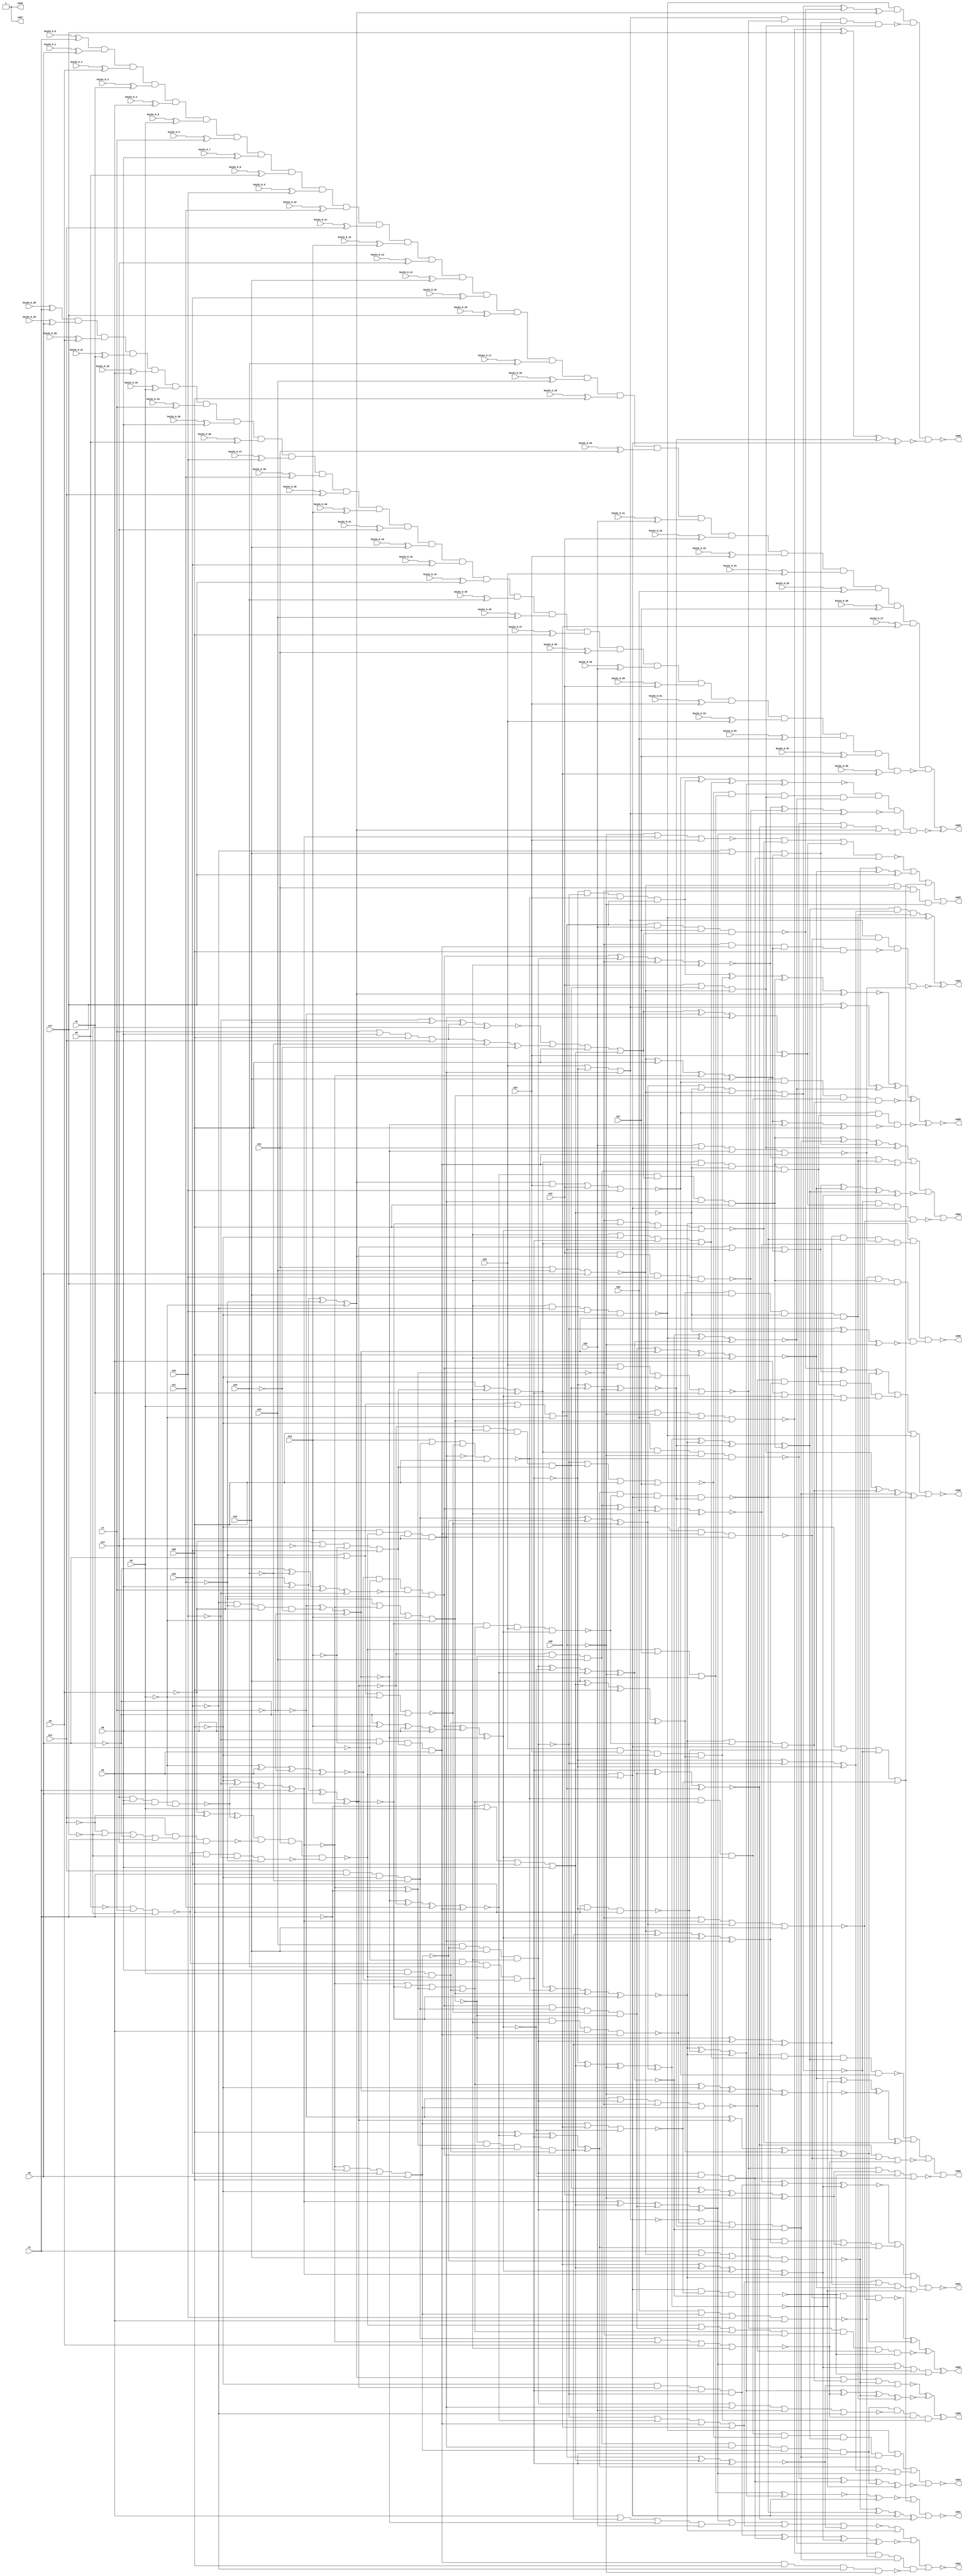


module Stat_377_1329
(
  n1,
  n2,
  n3,
  n4,
  n5,
  n6,
  n7,
  n8,
  n9,
  n10,
  n11,
  n12,
  n13,
  n14,
  n15,
  n16,
  n17,
  n18,
  n19,
  n20,
  n21,
  n22,
  n23,
  n24,
  n25,
  n26,
  n27,
  n28,
  n402,
  n405,
  n395,
  n392,
  n390,
  n397,
  n400,
  n393,
  n403,
  n399,
  n404,
  n401,
  n396,
  n391,
  n389,
  n398,
  n394,
  keyIn_0_0,
  keyIn_0_1,
  keyIn_0_2,
  keyIn_0_3,
  keyIn_0_4,
  keyIn_0_5,
  keyIn_0_6,
  keyIn_0_7,
  keyIn_0_8,
  keyIn_0_9,
  keyIn_0_10,
  keyIn_0_11,
  keyIn_0_12,
  keyIn_0_13,
  keyIn_0_14,
  keyIn_0_15,
  keyIn_0_16,
  keyIn_0_17,
  keyIn_0_18,
  keyIn_0_19,
  keyIn_0_20,
  keyIn_0_21,
  keyIn_0_22,
  keyIn_0_23,
  keyIn_0_24,
  keyIn_0_25,
  keyIn_0_26,
  keyIn_0_27,
  keyIn_0_28,
  keyIn_0_29,
  keyIn_0_30,
  keyIn_0_31,
  keyIn_0_32,
  keyIn_0_33,
  keyIn_0_34,
  keyIn_0_35,
  keyIn_0_36,
  keyIn_0_37,
  keyIn_0_38,
  keyIn_0_39,
  keyIn_0_40,
  keyIn_0_41,
  keyIn_0_42,
  keyIn_0_43,
  keyIn_0_44,
  keyIn_0_45,
  keyIn_0_46,
  keyIn_0_47,
  keyIn_0_48,
  keyIn_0_49,
  keyIn_0_50,
  keyIn_0_51,
  keyIn_0_52,
  keyIn_0_53,
  keyIn_0_54,
  keyIn_0_55
);

  input n1;input n2;input n3;input n4;input n5;input n6;input n7;input n8;input n9;input n10;input n11;input n12;input n13;input n14;input n15;input n16;input n17;input n18;input n19;input n20;input n21;input n22;input n23;input n24;input n25;input n26;input n27;input n28;input keyIn_0_0;input keyIn_0_1;input keyIn_0_2;input keyIn_0_3;input keyIn_0_4;input keyIn_0_5;input keyIn_0_6;input keyIn_0_7;input keyIn_0_8;input keyIn_0_9;input keyIn_0_10;input keyIn_0_11;input keyIn_0_12;input keyIn_0_13;input keyIn_0_14;input keyIn_0_15;input keyIn_0_16;input keyIn_0_17;input keyIn_0_18;input keyIn_0_19;input keyIn_0_20;input keyIn_0_21;input keyIn_0_22;input keyIn_0_23;input keyIn_0_24;input keyIn_0_25;input keyIn_0_26;input keyIn_0_27;input keyIn_0_28;input keyIn_0_29;input keyIn_0_30;input keyIn_0_31;input keyIn_0_32;input keyIn_0_33;input keyIn_0_34;input keyIn_0_35;input keyIn_0_36;input keyIn_0_37;input keyIn_0_38;input keyIn_0_39;input keyIn_0_40;input keyIn_0_41;input keyIn_0_42;input keyIn_0_43;input keyIn_0_44;input keyIn_0_45;input keyIn_0_46;input keyIn_0_47;input keyIn_0_48;input keyIn_0_49;input keyIn_0_50;input keyIn_0_51;input keyIn_0_52;input keyIn_0_53;input keyIn_0_54;input keyIn_0_55;
  output n402;output n405;output n395;output n392;output n390;output n397;output n400;output n393;output n403;output n399;output n404;output n401;output n396;output n391;output n389;output n398;output n394;
  wire n29;wire n30;wire n31;wire n32;wire n33;wire n34;wire n35;wire n36;wire n37;wire n38;wire n39;wire n40;wire n41;wire n42;wire n43;wire n44;wire n45;wire n46;wire n47;wire n48;wire n49;wire n50;wire n51;wire n52;wire n53;wire n54;wire n55;wire n56;wire n57;wire n58;wire n59;wire n60;wire n61;wire n62;wire n63;wire n64;wire n65;wire n66;wire n67;wire n68;wire n69;wire n70;wire n71;wire n72;wire n73;wire n74;wire n75;wire n76;wire n77;wire n78;wire n79;wire n80;wire n81;wire n82;wire n83;wire n84;wire n85;wire n86;wire n87;wire n88;wire n89;wire n90;wire n91;wire n92;wire n93;wire n94;wire n95;wire n96;wire n97;wire n98;wire n99;wire n100;wire n101;wire n102;wire n103;wire n104;wire n105;wire n106;wire n107;wire n108;wire n109;wire n110;wire n111;wire n112;wire n113;wire n114;wire n115;wire n116;wire n117;wire n118;wire n119;wire n120;wire n121;wire n122;wire n123;wire n124;wire n125;wire n126;wire n127;wire n128;wire n129;wire n130;wire n131;wire n132;wire n133;wire n134;wire n135;wire n136;wire n137;wire n138;wire n139;wire n140;wire n141;wire n142;wire n143;wire n144;wire n145;wire n146;wire n147;wire n148;wire n149;wire n150;wire n151;wire n152;wire n153;wire n154;wire n155;wire n156;wire n157;wire n158;wire n159;wire n160;wire n161;wire n162;wire n163;wire n164;wire n165;wire n166;wire n167;wire n168;wire n169;wire n170;wire n171;wire n172;wire n173;wire n174;wire n175;wire n176;wire n177;wire n178;wire n179;wire n180;wire n181;wire n182;wire n183;wire n184;wire n185;wire n186;wire n187;wire n188;wire n189;wire n190;wire n191;wire n192;wire n193;wire n194;wire n195;wire n196;wire n197;wire n198;wire n199;wire n200;wire n201;wire n202;wire n203;wire n204;wire n205;wire n206;wire n207;wire n208;wire n209;wire n210;wire n211;wire n212;wire n213;wire n214;wire n215;wire n216;wire n217;wire n218;wire n219;wire n220;wire n221;wire n222;wire n223;wire n224;wire n225;wire n226;wire n227;wire n228;wire n229;wire n230;wire n231;wire n232;wire n233;wire n234;wire n235;wire n236;wire n237;wire n238;wire n239;wire n240;wire n241;wire n242;wire n243;wire n244;wire n245;wire n246;wire n247;wire n248;wire n249;wire n250;wire n251;wire n252;wire n253;wire n254;wire n255;wire n256;wire n257;wire n258;wire n259;wire n260;wire n261;wire n262;wire n263;wire n264;wire n265;wire n266;wire n267;wire n268;wire n269;wire n270;wire n271;wire n272;wire n273;wire n274;wire n275;wire n276;wire n277;wire n278;wire n279;wire n280;wire n281;wire n282;wire n283;wire n284;wire n285;wire n286;wire n287;wire n288;wire n289;wire n290;wire n291;wire n292;wire n293;wire n294;wire n295;wire n296;wire n297;wire n298;wire n299;wire n300;wire n301;wire n302;wire n303;wire n304;wire n305;wire n306;wire n307;wire n308;wire n309;wire n310;wire n311;wire n312;wire n313;wire n314;wire n315;wire n316;wire n317;wire n318;wire n319;wire n320;wire n321;wire n322;wire n323;wire n324;wire n325;wire n326;wire n327;wire n328;wire n329;wire n330;wire n331;wire n332;wire n333;wire n334;wire n335;wire n336;wire n337;wire n338;wire n339;wire n340;wire n341;wire n342;wire n343;wire n344;wire n345;wire n346;wire n347;wire n348;wire n349;wire n350;wire n351;wire n352;wire n353;wire n354;wire n355;wire n356;wire n357;wire n358;wire n359;wire n360;wire n361;wire n362;wire n363;wire n364;wire n365;wire n366;wire n367;wire n368;wire n369;wire n370;wire n371;wire n372;wire n373;wire n374;wire n375;wire n376;wire n377;wire n378;wire n379;wire n380;wire n381;wire n382;wire n383;wire n384;wire n385;wire n386;wire n387;wire n388;wire g_input_0_0;wire gbar_input_0_0;wire g_input_0_1;wire gbar_input_0_1;wire g_input_0_2;wire gbar_input_0_2;wire g_input_0_3;wire gbar_input_0_3;wire g_input_0_4;wire gbar_input_0_4;wire g_input_0_5;wire gbar_input_0_5;wire g_input_0_6;wire gbar_input_0_6;wire g_input_0_7;wire gbar_input_0_7;wire g_input_0_8;wire gbar_input_0_8;wire g_input_0_9;wire gbar_input_0_9;wire g_input_0_10;wire gbar_input_0_10;wire g_input_0_11;wire gbar_input_0_11;wire g_input_0_12;wire gbar_input_0_12;wire g_input_0_13;wire gbar_input_0_13;wire g_input_0_14;wire gbar_input_0_14;wire g_input_0_15;wire gbar_input_0_15;wire g_input_0_16;wire gbar_input_0_16;wire g_input_0_17;wire gbar_input_0_17;wire g_input_0_18;wire gbar_input_0_18;wire g_input_0_19;wire gbar_input_0_19;wire g_input_0_20;wire gbar_input_0_20;wire g_input_0_21;wire gbar_input_0_21;wire g_input_0_22;wire gbar_input_0_22;wire g_input_0_23;wire gbar_input_0_23;wire g_input_0_24;wire gbar_input_0_24;wire g_input_0_25;wire gbar_input_0_25;wire g_input_0_26;wire gbar_input_0_26;wire g_input_0_27;wire gbar_input_0_27;wire f_g_wire;wire f_gbar_wire;wire AntiSAT_output;

  buf
  g0
  (
    n102,
    n6
  );


  not
  g1
  (
    n88,
    n3
  );


  buf
  g2
  (
    n75,
    n12
  );


  not
  g3
  (
    n92,
    n15
  );


  buf
  g4
  (
    n85,
    n4
  );


  not
  g5
  (
    n47,
    n13
  );


  not
  g6
  (
    n90,
    n20
  );


  buf
  g7
  (
    n56,
    n9
  );


  buf
  g8
  (
    n77,
    n18
  );


  buf
  g9
  (
    n95,
    n8
  );


  buf
  g10
  (
    n65,
    n8
  );


  not
  g11
  (
    n29,
    n15
  );


  buf
  g12
  (
    n33,
    n3
  );


  not
  g13
  (
    n37,
    n12
  );


  buf
  g14
  (
    n101,
    n13
  );


  buf
  g15
  (
    n35,
    n2
  );


  buf
  g16
  (
    n32,
    n1
  );


  not
  g17
  (
    n70,
    n18
  );


  not
  g18
  (
    n103,
    n2
  );


  not
  g19
  (
    n96,
    n6
  );


  buf
  g20
  (
    n66,
    n7
  );


  not
  g21
  (
    n60,
    n17
  );


  buf
  g22
  (
    n43,
    n12
  );


  not
  g23
  (
    n64,
    n6
  );


  buf
  g24
  (
    n30,
    n17
  );


  not
  g25
  (
    n54,
    n2
  );


  not
  g26
  (
    n41,
    n13
  );


  buf
  g27
  (
    n62,
    n8
  );


  not
  g28
  (
    n57,
    n17
  );


  not
  g29
  (
    n89,
    n11
  );


  not
  g30
  (
    n80,
    n4
  );


  not
  g31
  (
    n104,
    n16
  );


  buf
  g32
  (
    n34,
    n7
  );


  not
  g33
  (
    n46,
    n9
  );


  buf
  g34
  (
    n51,
    n14
  );


  buf
  g35
  (
    n106,
    n10
  );


  not
  g36
  (
    n69,
    n11
  );


  buf
  g37
  (
    n44,
    n19
  );


  not
  g38
  (
    n84,
    n15
  );


  buf
  g39
  (
    n94,
    n19
  );


  buf
  g40
  (
    n72,
    n5
  );


  buf
  g41
  (
    n83,
    n15
  );


  not
  g42
  (
    n53,
    n9
  );


  not
  g43
  (
    n79,
    n17
  );


  buf
  g44
  (
    n38,
    n1
  );


  buf
  g45
  (
    n31,
    n5
  );


  buf
  g46
  (
    n55,
    n20
  );


  not
  g47
  (
    n93,
    n7
  );


  buf
  g48
  (
    n39,
    n11
  );


  buf
  g49
  (
    n50,
    n5
  );


  not
  g50
  (
    n48,
    n4
  );


  buf
  g51
  (
    n99,
    n8
  );


  not
  g52
  (
    n86,
    n12
  );


  not
  g53
  (
    n52,
    n10
  );


  not
  g54
  (
    n74,
    n13
  );


  not
  g55
  (
    n100,
    n11
  );


  not
  g56
  (
    n61,
    n14
  );


  not
  g57
  (
    n42,
    n18
  );


  not
  g58
  (
    n68,
    n10
  );


  not
  g59
  (
    n82,
    n6
  );


  not
  g60
  (
    n58,
    n14
  );


  not
  g61
  (
    n97,
    n1
  );


  not
  g62
  (
    n67,
    n18
  );


  buf
  g63
  (
    n49,
    n7
  );


  buf
  g64
  (
    n59,
    n16
  );


  not
  g65
  (
    n63,
    n9
  );


  buf
  g66
  (
    n40,
    n19
  );


  buf
  g67
  (
    n91,
    n2
  );


  buf
  g68
  (
    n81,
    n14
  );


  not
  g69
  (
    n78,
    n10
  );


  buf
  g70
  (
    n87,
    n1
  );


  not
  g71
  (
    n76,
    n16
  );


  not
  g72
  (
    n71,
    n4
  );


  not
  g73
  (
    n36,
    n3
  );


  not
  g74
  (
    n73,
    n3
  );


  buf
  g75
  (
    n45,
    n5
  );


  not
  g76
  (
    n105,
    n19
  );


  buf
  g77
  (
    n98,
    n16
  );


  not
  g78
  (
    n113,
    n37
  );


  buf
  g79
  (
    n117,
    n39
  );


  buf
  g80
  (
    n118,
    n44
  );


  not
  g81
  (
    n110,
    n35
  );


  not
  g82
  (
    n114,
    n43
  );


  buf
  g83
  (
    n116,
    n32
  );


  buf
  g84
  (
    n120,
    n30
  );


  buf
  g85
  (
    n115,
    n33
  );


  buf
  g86
  (
    n112,
    n36
  );


  buf
  g87
  (
    n121,
    n40
  );


  not
  g88
  (
    n119,
    n31
  );


  buf
  g89
  (
    n111,
    n38
  );


  not
  g90
  (
    n123,
    n29
  );


  buf
  g91
  (
    n108,
    n45
  );


  not
  g92
  (
    n122,
    n41
  );


  buf
  g93
  (
    n107,
    n42
  );


  not
  g94
  (
    n109,
    n34
  );


  and
  g95
  (
    n124,
    n56,
    n63,
    n58,
    n48
  );


  or
  g96
  (
    n131,
    n112,
    n61,
    n47,
    n59
  );


  nand
  g97
  (
    n127,
    n51,
    n65,
    n62,
    n64
  );


  xnor
  g98
  (
    n130,
    n64,
    n108,
    n109,
    n50
  );


  xnor
  g99
  (
    n126,
    n54,
    n107,
    n49,
    n52
  );


  or
  g100
  (
    n128,
    n66,
    n65,
    n55,
    n113
  );


  nor
  g101
  (
    n125,
    n53,
    n46,
    n66,
    n57
  );


  or
  g102
  (
    n129,
    n114,
    n60,
    n110,
    n111
  );


  xnor
  g103
  (
    n142,
    n68,
    n83,
    n128,
    n79
  );


  nand
  g104
  (
    n137,
    n75,
    n129,
    n81
  );


  xnor
  g105
  (
    n134,
    n90,
    n68,
    n127,
    n87
  );


  nor
  g106
  (
    n139,
    n89,
    n74,
    n82
  );


  and
  g107
  (
    n146,
    n78,
    n74,
    n131,
    n72
  );


  and
  g108
  (
    n135,
    n129,
    n76,
    n124,
    n72
  );


  nand
  g109
  (
    n140,
    n75,
    n87,
    n90,
    n67
  );


  nand
  g110
  (
    n133,
    n85,
    n80,
    n88
  );


  and
  g111
  (
    n138,
    n76,
    n89,
    n73,
    n84
  );


  nand
  g112
  (
    n136,
    n125,
    n79,
    n78,
    n69
  );


  xor
  g113
  (
    n141,
    n73,
    n86,
    n127
  );


  xor
  g114
  (
    n143,
    n128,
    n70,
    n84
  );


  nand
  g115
  (
    n144,
    n71,
    n125,
    n77,
    n130
  );


  xnor
  g116
  (
    n145,
    n69,
    n124,
    n131,
    n85
  );


  nand
  g117
  (
    n132,
    n77,
    n67,
    n83,
    n126
  );


  and
  g118
  (
    n147,
    n130,
    n71,
    n126,
    n88
  );


  buf
  g119
  (
    n154,
    n20
  );


  buf
  g120
  (
    n150,
    n91
  );


  not
  g121
  (
    n157,
    n140
  );


  buf
  g122
  (
    n156,
    n20
  );


  buf
  g123
  (
    n149,
    n134
  );


  not
  g124
  (
    n153,
    n92
  );


  nor
  g125
  (
    n155,
    n135,
    n21,
    n94,
    n91
  );


  nor
  g126
  (
    n148,
    n93,
    n139,
    n92,
    n133
  );


  xnor
  g127
  (
    n152,
    n94,
    n132,
    n138,
    n93
  );


  nand
  g128
  (
    n151,
    n141,
    n137,
    n21,
    n136
  );


  buf
  g129
  (
    n167,
    n149
  );


  xnor
  g130
  (
    n170,
    n98,
    n99,
    n100,
    n96
  );


  or
  g131
  (
    n160,
    n97,
    n102,
    n98,
    n95
  );


  nand
  g132
  (
    n165,
    n151,
    n103,
    n148
  );


  xor
  g133
  (
    n161,
    n149,
    n148,
    n97
  );


  nor
  g134
  (
    n159,
    n149,
    n97,
    n98,
    n150
  );


  nor
  g135
  (
    n164,
    n100,
    n150,
    n96,
    n103
  );


  and
  g136
  (
    n168,
    n99,
    n102,
    n151
  );


  nand
  g137
  (
    n169,
    n101,
    n151,
    n95,
    n99
  );


  nor
  g138
  (
    n166,
    n100,
    n149,
    n101,
    n96
  );


  xnor
  g139
  (
    n162,
    n95,
    n98,
    n150,
    n101
  );


  or
  g140
  (
    n163,
    n150,
    n100,
    n102,
    n96
  );


  xor
  g141
  (
    n158,
    n103,
    n101,
    n99,
    n95
  );


  not
  g142
  (
    n215,
    n170
  );


  not
  g143
  (
    n173,
    n156
  );


  buf
  g144
  (
    n174,
    n144
  );


  buf
  g145
  (
    n199,
    n146
  );


  not
  g146
  (
    n209,
    n163
  );


  buf
  g147
  (
    n211,
    n155
  );


  not
  g148
  (
    n202,
    n162
  );


  not
  g149
  (
    n197,
    n166
  );


  not
  g150
  (
    n210,
    n159
  );


  not
  g151
  (
    n212,
    n119
  );


  buf
  g152
  (
    n213,
    n165
  );


  not
  g153
  (
    n205,
    n163
  );


  buf
  g154
  (
    n189,
    n160
  );


  buf
  g155
  (
    n187,
    n147
  );


  not
  g156
  (
    n176,
    n154
  );


  not
  g157
  (
    n185,
    n152
  );


  not
  g158
  (
    n192,
    n161
  );


  buf
  g159
  (
    n177,
    n163
  );


  not
  g160
  (
    n195,
    n167
  );


  not
  g161
  (
    n179,
    n163
  );


  buf
  g162
  (
    n188,
    n151
  );


  not
  g163
  (
    n203,
    n161
  );


  buf
  g164
  (
    n219,
    n120
  );


  buf
  g165
  (
    n214,
    n152
  );


  buf
  g166
  (
    n186,
    n146
  );


  buf
  g167
  (
    n183,
    n156
  );


  not
  g168
  (
    n196,
    n160
  );


  not
  g169
  (
    n184,
    n145
  );


  buf
  g170
  (
    n182,
    n153
  );


  buf
  g171
  (
    n198,
    n170
  );


  buf
  g172
  (
    n171,
    n169
  );


  not
  g173
  (
    n190,
    n165
  );


  not
  g174
  (
    n216,
    n170
  );


  and
  g175
  (
    n200,
    n162,
    n166,
    n121
  );


  xnor
  g176
  (
    n208,
    n152,
    n162,
    n117,
    n146
  );


  xnor
  g177
  (
    n175,
    n147,
    n158,
    n152,
    n165
  );


  xor
  g178
  (
    n206,
    n155,
    n154,
    n167,
    n153
  );


  nor
  g179
  (
    n201,
    n155,
    n147,
    n168,
    n165
  );


  and
  g180
  (
    n178,
    n166,
    n161,
    n146,
    n168
  );


  nor
  g181
  (
    n218,
    n116,
    n155,
    n153,
    n159
  );


  and
  g182
  (
    n191,
    n147,
    n157,
    n164,
    n166
  );


  or
  g183
  (
    n204,
    n167,
    n170,
    n161,
    n168
  );


  nor
  g184
  (
    n217,
    n157,
    n167,
    n115,
    n169
  );


  and
  g185
  (
    n207,
    n162,
    n169,
    n156,
    n131
  );


  nor
  g186
  (
    n194,
    n122,
    n157,
    n164,
    n154
  );


  or
  g187
  (
    n181,
    n142,
    n143,
    n154,
    n160
  );


  xor
  g188
  (
    n193,
    n157,
    n159,
    n164
  );


  and
  g189
  (
    n172,
    n118,
    n159,
    n123,
    n169
  );


  xor
  g190
  (
    n180,
    n153,
    n160,
    n156,
    n168
  );


  not
  g191
  (
    n225,
    n175
  );


  buf
  g192
  (
    n228,
    n172
  );


  buf
  g193
  (
    n229,
    n171
  );


  not
  g194
  (
    n230,
    n172
  );


  not
  g195
  (
    n227,
    n174
  );


  buf
  g196
  (
    n223,
    n174
  );


  buf
  g197
  (
    n235,
    n172
  );


  not
  g198
  (
    n221,
    n173
  );


  buf
  g199
  (
    n224,
    n173
  );


  not
  g200
  (
    n234,
    n171
  );


  buf
  g201
  (
    n232,
    n175
  );


  buf
  g202
  (
    n233,
    n174
  );


  buf
  g203
  (
    n222,
    n173
  );


  not
  g204
  (
    n231,
    n172
  );


  not
  g205
  (
    n237,
    n171
  );


  not
  g206
  (
    n220,
    n174
  );


  not
  g207
  (
    n226,
    n173
  );


  buf
  g208
  (
    n236,
    n171
  );


  xnor
  g209
  (
    n283,
    n206,
    n214,
    n226
  );


  xnor
  g210
  (
    n278,
    n231,
    n196,
    n209
  );


  nor
  g211
  (
    n245,
    n25,
    n223,
    n234
  );


  or
  g212
  (
    n291,
    n212,
    n232,
    n236
  );


  and
  g213
  (
    n309,
    n235,
    n225,
    n183
  );


  nor
  g214
  (
    n242,
    n210,
    n28,
    n225
  );


  xnor
  g215
  (
    n300,
    n227,
    n191,
    n177
  );


  xor
  g216
  (
    n238,
    n223,
    n207,
    n200
  );


  and
  g217
  (
    n289,
    n222,
    n176,
    n180
  );


  and
  g218
  (
    n290,
    n183,
    n201,
    n203
  );


  or
  g219
  (
    n241,
    n188,
    n190,
    n224
  );


  and
  g220
  (
    n307,
    n193,
    n188,
    n201
  );


  or
  g221
  (
    n284,
    n202,
    n177,
    n206
  );


  nand
  g222
  (
    n302,
    n224,
    n186,
    n237
  );


  nand
  g223
  (
    n270,
    n222,
    n184,
    n205,
    n194
  );


  or
  g224
  (
    n294,
    n229,
    n224,
    n220,
    n184
  );


  xor
  g225
  (
    n240,
    n184,
    n194,
    n197,
    n198
  );


  nor
  g226
  (
    n275,
    n231,
    n207,
    n183,
    n27
  );


  and
  g227
  (
    n280,
    n184,
    n186,
    n196,
    n200
  );


  xnor
  g228
  (
    n239,
    n228,
    n225,
    n208,
    n209
  );


  nand
  g229
  (
    n263,
    n199,
    n221,
    n104,
    n209
  );


  nor
  g230
  (
    n258,
    n22,
    n21,
    n214,
    n199
  );


  xor
  g231
  (
    n260,
    n211,
    n178,
    n175,
    n234
  );


  or
  g232
  (
    n286,
    n188,
    n191,
    n204,
    n203
  );


  nor
  g233
  (
    n255,
    n203,
    n195,
    n193,
    n182
  );


  xor
  g234
  (
    n277,
    n181,
    n105,
    n234,
    n24
  );


  xor
  g235
  (
    n282,
    n105,
    n202,
    n180,
    n187
  );


  nand
  g236
  (
    n293,
    n211,
    n21,
    n192,
    n179
  );


  xor
  g237
  (
    n268,
    n213,
    n197,
    n235,
    n178
  );


  nor
  g238
  (
    n256,
    n209,
    n179,
    n195,
    n24
  );


  nand
  g239
  (
    n251,
    n198,
    n236,
    n212,
    n186
  );


  xor
  g240
  (
    n295,
    n207,
    n224,
    n23,
    n205
  );


  xor
  g241
  (
    n303,
    n28,
    n189,
    n232,
    n195
  );


  or
  g242
  (
    n274,
    n231,
    n208,
    n199,
    n28
  );


  xor
  g243
  (
    n244,
    n226,
    n208,
    n220,
    n178
  );


  nor
  g244
  (
    n281,
    n28,
    n179,
    n26,
    n197
  );


  xnor
  g245
  (
    n287,
    n213,
    n205,
    n189,
    n227
  );


  xor
  g246
  (
    n247,
    n223,
    n189,
    n205,
    n193
  );


  and
  g247
  (
    n269,
    n25,
    n24,
    n176,
    n180
  );


  nand
  g248
  (
    n253,
    n177,
    n22,
    n27,
    n181
  );


  nand
  g249
  (
    n248,
    n236,
    n104,
    n106,
    n176
  );


  nand
  g250
  (
    n257,
    n23,
    n215,
    n106,
    n229
  );


  nand
  g251
  (
    n265,
    n214,
    n237,
    n190,
    n26
  );


  and
  g252
  (
    n304,
    n233,
    n230,
    n194,
    n177
  );


  and
  g253
  (
    n261,
    n222,
    n202,
    n227,
    n231
  );


  and
  g254
  (
    n301,
    n180,
    n182,
    n196,
    n185
  );


  or
  g255
  (
    n264,
    n212,
    n178,
    n214,
    n22
  );


  nand
  g256
  (
    n250,
    n226,
    n233,
    n221
  );


  xnor
  g257
  (
    n273,
    n187,
    n228,
    n192,
    n229
  );


  xor
  g258
  (
    n298,
    n195,
    n189,
    n191,
    n235
  );


  nor
  g259
  (
    n267,
    n105,
    n228,
    n192,
    n210
  );


  nor
  g260
  (
    n297,
    n215,
    n24,
    n23,
    n106
  );


  and
  g261
  (
    n285,
    n194,
    n204,
    n232,
    n213
  );


  nand
  g262
  (
    n254,
    n192,
    n186,
    n206,
    n183
  );


  and
  g263
  (
    n246,
    n208,
    n181,
    n237,
    n221
  );


  and
  g264
  (
    n271,
    n200,
    n237,
    n210,
    n220
  );


  nor
  g265
  (
    n279,
    n26,
    n210,
    n106,
    n212
  );


  xnor
  g266
  (
    n299,
    n200,
    n187,
    n26,
    n229
  );


  or
  g267
  (
    n305,
    n23,
    n190,
    n207,
    n211
  );


  nor
  g268
  (
    n243,
    n193,
    n196,
    n211,
    n197
  );


  nand
  g269
  (
    n292,
    n228,
    n230,
    n181,
    n199
  );


  or
  g270
  (
    n276,
    n188,
    n27,
    n182
  );


  nor
  g271
  (
    n272,
    n203,
    n198,
    n226,
    n175
  );


  or
  g272
  (
    n288,
    n104,
    n201,
    n182,
    n206
  );


  xnor
  g273
  (
    n308,
    n191,
    n185,
    n221,
    n236
  );


  and
  g274
  (
    n262,
    n227,
    n105,
    n185,
    n190
  );


  xor
  g275
  (
    n259,
    n223,
    n230,
    n201,
    n233
  );


  nor
  g276
  (
    n306,
    n25,
    n187,
    n222,
    n220
  );


  xnor
  g277
  (
    n296,
    n204,
    n176,
    n185,
    n179
  );


  nor
  g278
  (
    n249,
    n225,
    n202,
    n230,
    n213
  );


  nand
  g279
  (
    n252,
    n198,
    n204,
    n25,
    n232
  );


  nor
  g280
  (
    n266,
    n235,
    n234,
    n22,
    n104
  );


  buf
  g281
  (
    n312,
    n239
  );


  not
  g282
  (
    n315,
    n238
  );


  buf
  g283
  (
    n313,
    n241
  );


  not
  g284
  (
    n311,
    n240
  );


  not
  g285
  (
    n314,
    n240
  );


  not
  g286
  (
    n310,
    n239
  );


  buf
  g287
  (
    n330,
    n248
  );


  buf
  g288
  (
    n331,
    n314
  );


  not
  g289
  (
    n325,
    n249
  );


  not
  g290
  (
    n321,
    n245
  );


  buf
  g291
  (
    n322,
    n243
  );


  buf
  g292
  (
    n316,
    n241
  );


  not
  g293
  (
    n317,
    n247
  );


  buf
  g294
  (
    n328,
    n246
  );


  buf
  g295
  (
    n323,
    n244
  );


  xor
  g296
  (
    n326,
    n311,
    n250,
    n314
  );


  or
  g297
  (
    n329,
    n245,
    n251,
    n315,
    n312
  );


  nand
  g298
  (
    n327,
    n313,
    n242,
    n312
  );


  xor
  g299
  (
    n320,
    n247,
    n314,
    n315,
    n246
  );


  nand
  g300
  (
    n318,
    n244,
    n252,
    n313,
    n315
  );


  or
  g301
  (
    n332,
    n251,
    n250,
    n243,
    n242
  );


  or
  g302
  (
    n319,
    n314,
    n252,
    n313
  );


  xnor
  g303
  (
    n324,
    n312,
    n249,
    n248,
    n310
  );


  buf
  g304
  (
    n358,
    n282
  );


  not
  g305
  (
    n383,
    n293
  );


  not
  g306
  (
    n372,
    n289
  );


  nand
  g307
  (
    n385,
    n320,
    n259,
    n301,
    n292
  );


  xor
  g308
  (
    n360,
    n253,
    n284,
    n290,
    n282
  );


  or
  g309
  (
    n371,
    n257,
    n260,
    n295,
    n323
  );


  xnor
  g310
  (
    n357,
    n307,
    n299,
    n261,
    n303
  );


  xor
  g311
  (
    n381,
    n273,
    n257,
    n321,
    n265
  );


  nor
  g312
  (
    n380,
    n306,
    n295,
    n327,
    n309
  );


  nand
  g313
  (
    n343,
    n297,
    n280,
    n283
  );


  xnor
  g314
  (
    n349,
    n284,
    n308,
    n320,
    n303
  );


  nor
  g315
  (
    n373,
    n256,
    n272,
    n277,
    n309
  );


  and
  g316
  (
    n366,
    n266,
    n216,
    n323,
    n299
  );


  nor
  g317
  (
    n353,
    n300,
    n302,
    n217
  );


  nand
  g318
  (
    n375,
    n321,
    n306,
    n288,
    n305
  );


  xor
  g319
  (
    n374,
    n218,
    n318,
    n316,
    n300
  );


  xor
  g320
  (
    n361,
    n218,
    n308,
    n219,
    n307
  );


  xnor
  g321
  (
    n370,
    n304,
    n269,
    n328,
    n216
  );


  or
  g322
  (
    n336,
    n323,
    n259,
    n262,
    n298
  );


  xor
  g323
  (
    n369,
    n305,
    n319,
    n329,
    n318
  );


  or
  g324
  (
    n362,
    n215,
    n319,
    n218,
    n287
  );


  xnor
  g325
  (
    n363,
    n291,
    n326,
    n278,
    n286
  );


  nand
  g326
  (
    n348,
    n306,
    n286,
    n267,
    n327
  );


  or
  g327
  (
    n342,
    n319,
    n325,
    n264
  );


  and
  g328
  (
    n350,
    n268,
    n318,
    n258,
    n299
  );


  and
  g329
  (
    n345,
    n279,
    n328,
    n219,
    n278
  );


  xnor
  g330
  (
    n334,
    n276,
    n326,
    n325,
    n316
  );


  or
  g331
  (
    n347,
    n270,
    n300,
    n216,
    n298
  );


  nand
  g332
  (
    n387,
    n256,
    n215,
    n262,
    n289
  );


  xnor
  g333
  (
    n355,
    n261,
    n309,
    n303,
    n324
  );


  nand
  g334
  (
    n367,
    n321,
    n302,
    n254,
    n258
  );


  nor
  g335
  (
    n378,
    n301,
    n292,
    n304
  );


  or
  g336
  (
    n338,
    n273,
    n301,
    n328,
    n290
  );


  nand
  g337
  (
    n354,
    n307,
    n263,
    n293,
    n317
  );


  nand
  g338
  (
    n368,
    n327,
    n265,
    n302,
    n255
  );


  xor
  g339
  (
    n341,
    n219,
    n321,
    n324
  );


  and
  g340
  (
    n346,
    n285,
    n275,
    n320,
    n329
  );


  nand
  g341
  (
    n340,
    n322,
    n277,
    n316,
    n255
  );


  xor
  g342
  (
    n344,
    n325,
    n322,
    n253,
    n216
  );


  nor
  g343
  (
    n359,
    n298,
    n264,
    n274,
    n287
  );


  or
  g344
  (
    n333,
    n298,
    n303,
    n322,
    n327
  );


  and
  g345
  (
    n351,
    n296,
    n302,
    n299,
    n322
  );


  and
  g346
  (
    n379,
    n275,
    n276,
    n305,
    n324
  );


  xnor
  g347
  (
    n364,
    n297,
    n304,
    n294,
    n326
  );


  nand
  g348
  (
    n377,
    n300,
    n294,
    n320,
    n297
  );


  xor
  g349
  (
    n384,
    n308,
    n317,
    n296,
    n272
  );


  and
  g350
  (
    n388,
    n271,
    n266,
    n217,
    n269
  );


  nand
  g351
  (
    n386,
    n318,
    n297,
    n285,
    n319
  );


  xor
  g352
  (
    n339,
    n328,
    n329,
    n288,
    n305
  );


  or
  g353
  (
    n365,
    n274,
    n268,
    n308,
    n317
  );


  and
  g354
  (
    n337,
    n281,
    n279,
    n329,
    n263
  );


  xnor
  g355
  (
    n382,
    n326,
    n217,
    n218,
    n301
  );


  nand
  g356
  (
    n335,
    n307,
    n254,
    n323,
    n306
  );


  and
  g357
  (
    n356,
    n267,
    n260,
    n280,
    n291
  );


  xnor
  g358
  (
    n352,
    n281,
    n219,
    n315,
    n316
  );


  xnor
  g359
  (
    n376,
    n270,
    n309,
    n271,
    n317
  );


  nor
  g360
  (
    n393,
    n330,
    n346,
    n336,
    n376
  );


  or
  g361
  (
    n395,
    n373,
    n361,
    n332,
    n383
  );


  xor
  g362
  (
    n402,
    n368,
    n358,
    n348,
    n333
  );


  nor
  g363
  (
    n401,
    n357,
    n371,
    n331,
    n365
  );


  xor
  g364
  (
    n405,
    n362,
    n387,
    n382,
    n388
  );


  nor
  g365
  (
    n391,
    n334,
    n332,
    n374
  );


  nand
  g366
  (
    n398,
    n330,
    n344,
    n375,
    n352
  );


  xnor
  g367
  (
    n389,
    n370,
    n341,
    n386,
    n343
  );


  or
  g368
  (
    n397,
    n332,
    n372,
    n331,
    n342
  );


  nor
  g369
  (
    n392,
    n359,
    n331,
    n355,
    n337
  );


  or
  g370
  (
    n400,
    n377,
    n384,
    n353,
    n380
  );


  nand
  g371
  (
    n396,
    n331,
    n350,
    n335,
    n345
  );


  nor
  g372
  (
    n390,
    n360,
    n356,
    n330,
    n369
  );


  nand
  g373
  (
    AntiSAT_key_wire,
    n364,
    n379,
    n381,
    n347
  );


  nand
  g374
  (
    n403,
    n378,
    n363,
    n366,
    n351
  );


  xor
  g375
  (
    n394,
    n354,
    n385,
    n330,
    n367
  );


  or
  g376
  (
    n404,
    n339,
    n338,
    n349,
    n340
  );


  xor
  KeyPIGate_0_0
  (
    g_input_0_0,
    keyIn_0_0,
    n1
  );


  xor
  KeyPIGate_0_28
  (
    gbar_input_0_0,
    keyIn_0_28,
    n1
  );


  xor
  KeyPIGate_0_1
  (
    g_input_0_1,
    keyIn_0_1,
    n2
  );


  xor
  KeyPIGate_0_29
  (
    gbar_input_0_1,
    keyIn_0_29,
    n2
  );


  xor
  KeyPIGate_0_2
  (
    g_input_0_2,
    keyIn_0_2,
    n3
  );


  xor
  KeyPIGate_0_30
  (
    gbar_input_0_2,
    keyIn_0_30,
    n3
  );


  xor
  KeyPIGate_0_3
  (
    g_input_0_3,
    keyIn_0_3,
    n4
  );


  xor
  KeyPIGate_0_31
  (
    gbar_input_0_3,
    keyIn_0_31,
    n4
  );


  xor
  KeyPIGate_0_4
  (
    g_input_0_4,
    keyIn_0_4,
    n5
  );


  xor
  KeyPIGate_0_32
  (
    gbar_input_0_4,
    keyIn_0_32,
    n5
  );


  xor
  KeyPIGate_0_5
  (
    g_input_0_5,
    keyIn_0_5,
    n6
  );


  xor
  KeyPIGate_0_33
  (
    gbar_input_0_5,
    keyIn_0_33,
    n6
  );


  xor
  KeyPIGate_0_6
  (
    g_input_0_6,
    keyIn_0_6,
    n7
  );


  xor
  KeyPIGate_0_34
  (
    gbar_input_0_6,
    keyIn_0_34,
    n7
  );


  xor
  KeyPIGate_0_7
  (
    g_input_0_7,
    keyIn_0_7,
    n8
  );


  xor
  KeyPIGate_0_35
  (
    gbar_input_0_7,
    keyIn_0_35,
    n8
  );


  xor
  KeyPIGate_0_8
  (
    g_input_0_8,
    keyIn_0_8,
    n9
  );


  xor
  KeyPIGate_0_36
  (
    gbar_input_0_8,
    keyIn_0_36,
    n9
  );


  xor
  KeyPIGate_0_9
  (
    g_input_0_9,
    keyIn_0_9,
    n10
  );


  xor
  KeyPIGate_0_37
  (
    gbar_input_0_9,
    keyIn_0_37,
    n10
  );


  xor
  KeyPIGate_0_10
  (
    g_input_0_10,
    keyIn_0_10,
    n11
  );


  xor
  KeyPIGate_0_38
  (
    gbar_input_0_10,
    keyIn_0_38,
    n11
  );


  xor
  KeyPIGate_0_11
  (
    g_input_0_11,
    keyIn_0_11,
    n12
  );


  xor
  KeyPIGate_0_39
  (
    gbar_input_0_11,
    keyIn_0_39,
    n12
  );


  xor
  KeyPIGate_0_12
  (
    g_input_0_12,
    keyIn_0_12,
    n13
  );


  xor
  KeyPIGate_0_40
  (
    gbar_input_0_12,
    keyIn_0_40,
    n13
  );


  xor
  KeyPIGate_0_13
  (
    g_input_0_13,
    keyIn_0_13,
    n14
  );


  xor
  KeyPIGate_0_41
  (
    gbar_input_0_13,
    keyIn_0_41,
    n14
  );


  xor
  KeyPIGate_0_14
  (
    g_input_0_14,
    keyIn_0_14,
    n15
  );


  xor
  KeyPIGate_0_42
  (
    gbar_input_0_14,
    keyIn_0_42,
    n15
  );


  xor
  KeyPIGate_0_15
  (
    g_input_0_15,
    keyIn_0_15,
    n16
  );


  xor
  KeyPIGate_0_43
  (
    gbar_input_0_15,
    keyIn_0_43,
    n16
  );


  xor
  KeyPIGate_0_16
  (
    g_input_0_16,
    keyIn_0_16,
    n17
  );


  xor
  KeyPIGate_0_44
  (
    gbar_input_0_16,
    keyIn_0_44,
    n17
  );


  xor
  KeyPIGate_0_17
  (
    g_input_0_17,
    keyIn_0_17,
    n18
  );


  xor
  KeyPIGate_0_45
  (
    gbar_input_0_17,
    keyIn_0_45,
    n18
  );


  xor
  KeyPIGate_0_18
  (
    g_input_0_18,
    keyIn_0_18,
    n19
  );


  xor
  KeyPIGate_0_46
  (
    gbar_input_0_18,
    keyIn_0_46,
    n19
  );


  xor
  KeyPIGate_0_19
  (
    g_input_0_19,
    keyIn_0_19,
    n20
  );


  xor
  KeyPIGate_0_47
  (
    gbar_input_0_19,
    keyIn_0_47,
    n20
  );


  xor
  KeyPIGate_0_20
  (
    g_input_0_20,
    keyIn_0_20,
    n21
  );


  xor
  KeyPIGate_0_48
  (
    gbar_input_0_20,
    keyIn_0_48,
    n21
  );


  xor
  KeyPIGate_0_21
  (
    g_input_0_21,
    keyIn_0_21,
    n22
  );


  xor
  KeyPIGate_0_49
  (
    gbar_input_0_21,
    keyIn_0_49,
    n22
  );


  xor
  KeyPIGate_0_22
  (
    g_input_0_22,
    keyIn_0_22,
    n23
  );


  xor
  KeyPIGate_0_50
  (
    gbar_input_0_22,
    keyIn_0_50,
    n23
  );


  xor
  KeyPIGate_0_23
  (
    g_input_0_23,
    keyIn_0_23,
    n24
  );


  xor
  KeyPIGate_0_51
  (
    gbar_input_0_23,
    keyIn_0_51,
    n24
  );


  xor
  KeyPIGate_0_24
  (
    g_input_0_24,
    keyIn_0_24,
    n25
  );


  xor
  KeyPIGate_0_52
  (
    gbar_input_0_24,
    keyIn_0_52,
    n25
  );


  xor
  KeyPIGate_0_25
  (
    g_input_0_25,
    keyIn_0_25,
    n26
  );


  xor
  KeyPIGate_0_53
  (
    gbar_input_0_25,
    keyIn_0_53,
    n26
  );


  xor
  KeyPIGate_0_26
  (
    g_input_0_26,
    keyIn_0_26,
    n27
  );


  xor
  KeyPIGate_0_54
  (
    gbar_input_0_26,
    keyIn_0_54,
    n27
  );


  xor
  KeyPIGate_0_27
  (
    g_input_0_27,
    keyIn_0_27,
    n28
  );


  xor
  KeyPIGate_0_55
  (
    gbar_input_0_27,
    keyIn_0_55,
    n28
  );


  and
  f_g
  (
    f_g_wire,
    g_input_0_0,
    g_input_0_1,
    g_input_0_2,
    g_input_0_3,
    g_input_0_4,
    g_input_0_5,
    g_input_0_6,
    g_input_0_7,
    g_input_0_8,
    g_input_0_9,
    g_input_0_10,
    g_input_0_11,
    g_input_0_12,
    g_input_0_13,
    g_input_0_14,
    g_input_0_15,
    g_input_0_16,
    g_input_0_17,
    g_input_0_18,
    g_input_0_19,
    g_input_0_20,
    g_input_0_21,
    g_input_0_22,
    g_input_0_23,
    g_input_0_24,
    g_input_0_25,
    g_input_0_26,
    g_input_0_27
  );


  nand
  f_gbar
  (
    f_gbar_wire,
    gbar_input_0_0,
    gbar_input_0_1,
    gbar_input_0_2,
    gbar_input_0_3,
    gbar_input_0_4,
    gbar_input_0_5,
    gbar_input_0_6,
    gbar_input_0_7,
    gbar_input_0_8,
    gbar_input_0_9,
    gbar_input_0_10,
    gbar_input_0_11,
    gbar_input_0_12,
    gbar_input_0_13,
    gbar_input_0_14,
    gbar_input_0_15,
    gbar_input_0_16,
    gbar_input_0_17,
    gbar_input_0_18,
    gbar_input_0_19,
    gbar_input_0_20,
    gbar_input_0_21,
    gbar_input_0_22,
    gbar_input_0_23,
    gbar_input_0_24,
    gbar_input_0_25,
    gbar_input_0_26,
    gbar_input_0_27
  );


  and
  G
  (
    AntiSAT_output,
    f_g_wire,
    f_gbar_wire
  );


  xor
  flip_it
  (
    n399,
    AntiSAT_output,
    AntiSAT_key_wire
  );


endmodule